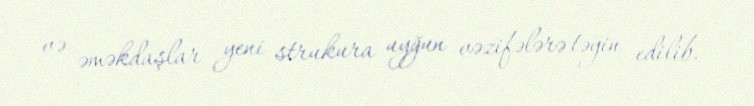
və əməkdaşlar yeni strukura uyğun vəzifələrə təyin edilib.